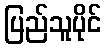
ပြည်သူပိုင်